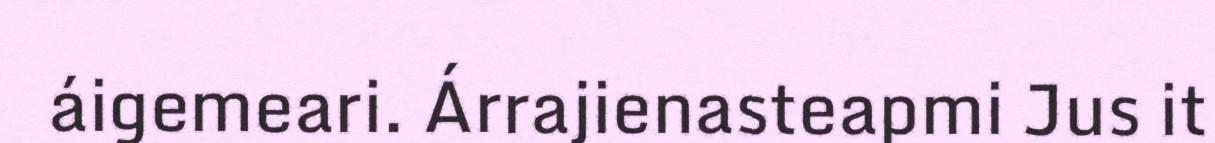
áigemeari. Árrajienasteapmi Jus it